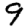
Digit: 9